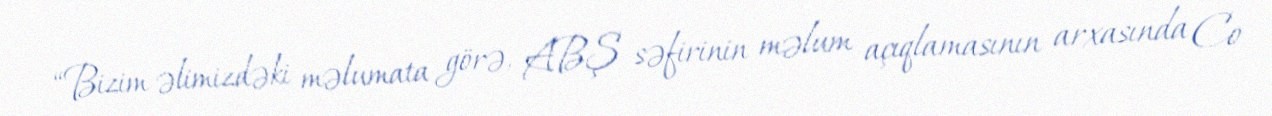
“Bizim əlimizdəki məlumata görə, ABŞ səfirinin məlum açıqlamasının arxasında Co